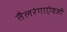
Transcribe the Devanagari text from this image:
तैलरंगाऐवजी